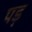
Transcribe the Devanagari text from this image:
पड़़